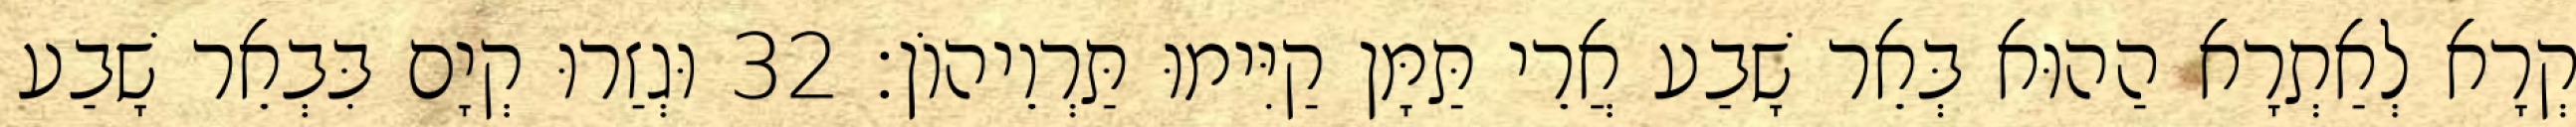
קְרָא לְאַתְרָא הַהוּא בְּאֵר שָׁבַע אֲרֵי תַּמָּן קַיִּימוּ תַּרְוֵיהוֹן׃ 32 וּגְזַרוּ קְיָם בִּבְאֵר שָׁבַע